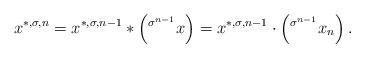
LaTeX: \begin{align*}x^{\ast,\sigma,n} = x^{\ast,\sigma,n-1}\ast \left(\prescript{\sigma^{n-1}}{}x\right) = x^{\ast,\sigma,n-1}\cdot \left(\prescript{\sigma^{n-1}}{}x_n\right).\end{align*}